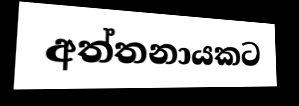
අත්තනායකට